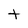
Character: t